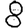
Digit: 8